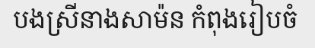
បងស្រីនាងសាម៉ន កំពុងរៀបចំ